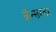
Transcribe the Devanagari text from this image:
कॅन्सरवर